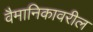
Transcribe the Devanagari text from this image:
वैमानिकावरील